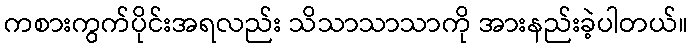
ကစားကွက်ပိုင်းအရလည်း သိသာသာသာကို အားနည်းခဲ့ပါတယ်။